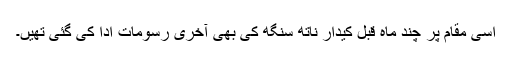
اسی مقام پر چند ماہ قبل کیدار ناتھ سنگھ کی بھی آخری رسومات ادا کی گئی تھیں۔